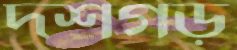
দশগড়